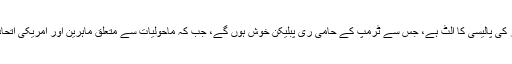
یہ اقدام اوباما دور کی پالیسی کا الٹ ہے، جس سے ٹرمپ کے حامی ری پبلیکن خوش ہوں گے، جب کہ ماحولیات سے متعلق ماہرین اور امریکی اتحادی برہم ہوں گے۔